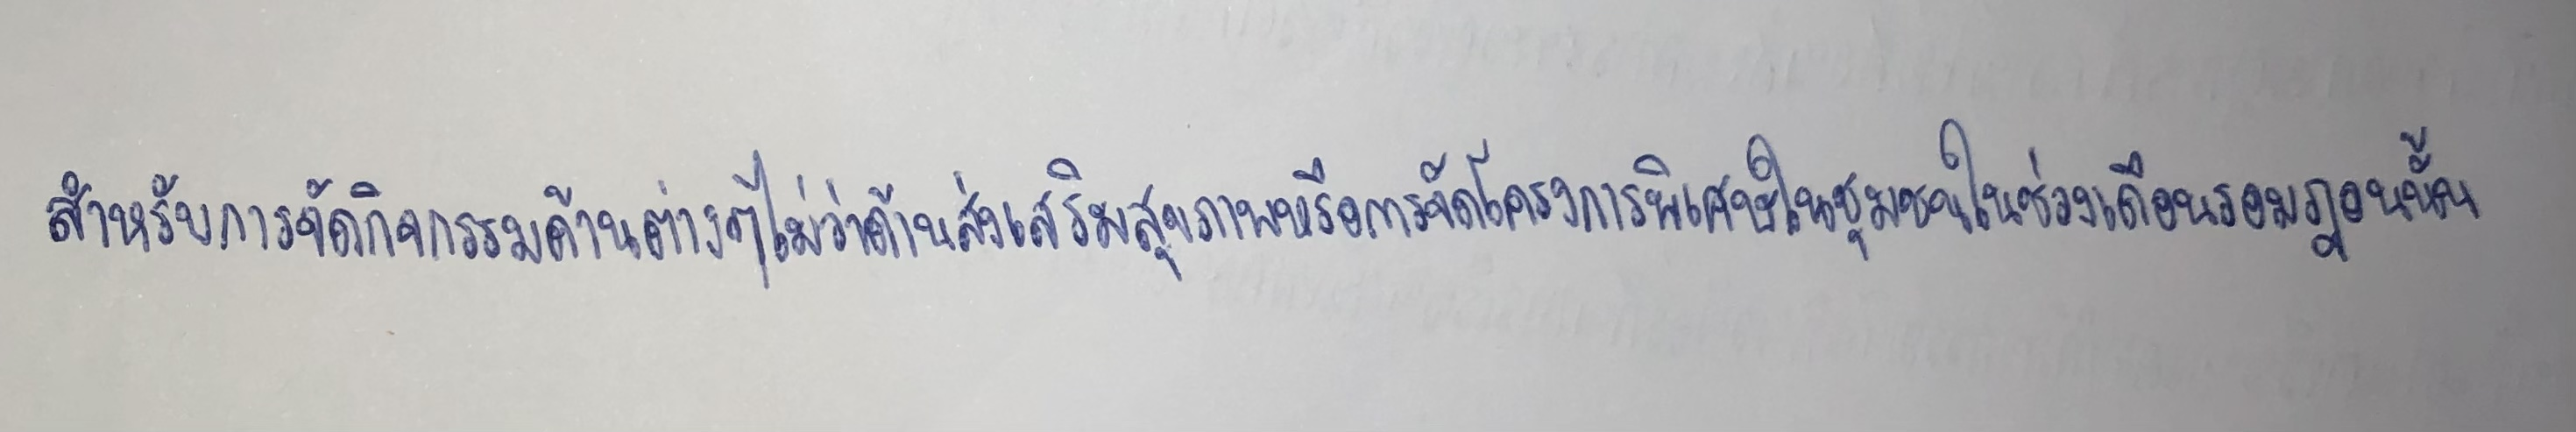
สำหรับการจัดกิจกรรมด้านต่างๆไม่ว่าด้านส่งเสริมสุขภาพหรือการจัดโครงการพิเศษในชุมชนในช่วงเดือนรอมฎอนนั้น